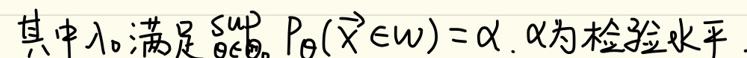
其中\(\lambda_{0}\)满足\(\sup_{\theta \in \Theta_{0}}P_{\theta}(\hat{\lambda} \notin W)=\alpha\)，\(\alpha\)为检验水平.